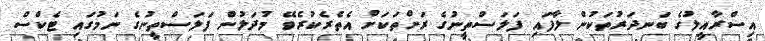
އިސްރާއީލުގެ ބަނދަރުތަކުން ލާފައި ފަލަސްތީނުގެ ރަށްތަކަށް އެތެރެކުރެވޭ މުދަލުން ފަލަސްތީނުގެ ނަމުގައި ޓެކްސް